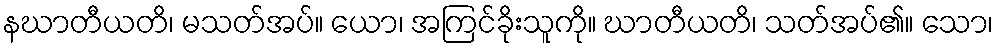
နဃာတီယတိ၊ မသတ်အပ်။ ယော၊ အကြင်ခိုးသူကို။ ဃာတီယတိ၊ သတ်အပ်၏။ သော၊